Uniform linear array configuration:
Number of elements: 8
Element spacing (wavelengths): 0.25
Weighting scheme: hamming
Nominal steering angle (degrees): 60
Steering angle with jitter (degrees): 61.188
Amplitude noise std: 0.05
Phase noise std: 0.05

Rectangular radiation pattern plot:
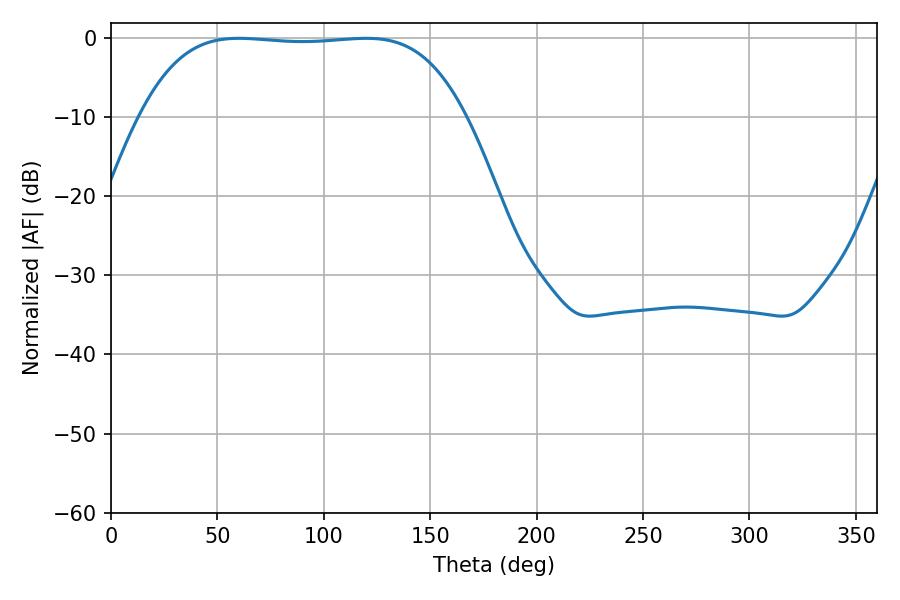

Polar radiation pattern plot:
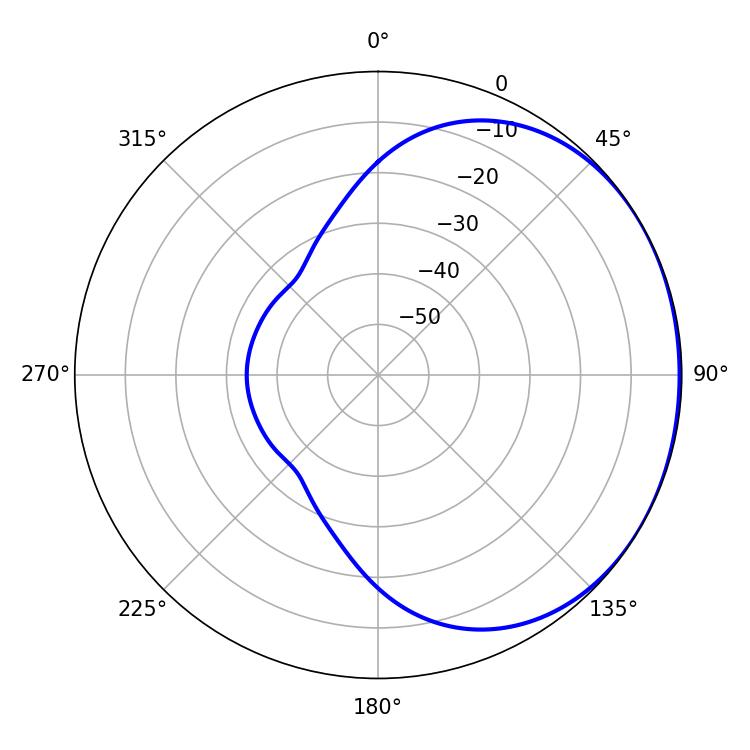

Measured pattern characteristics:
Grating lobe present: FALSE
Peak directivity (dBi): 0.8667
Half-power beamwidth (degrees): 118.8
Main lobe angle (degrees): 60.12